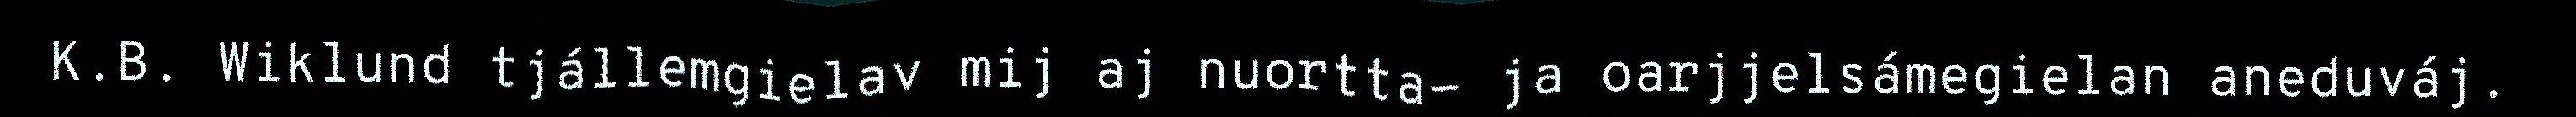
K.B. Wiklund tjállemgielav mij aj nuortta- ja oarjjelsámegielan aneduváj.